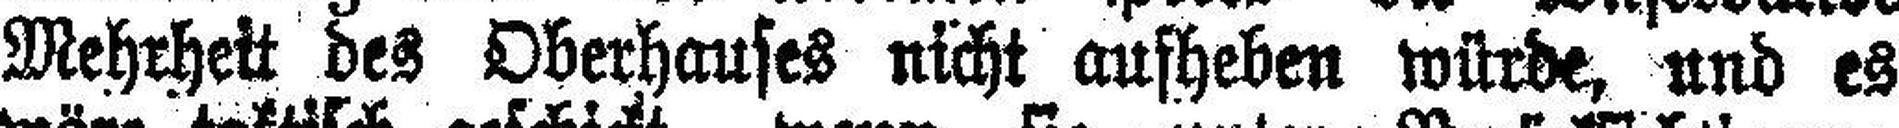
Mehrheit des Oberhauses nicht aufheben würde, und es